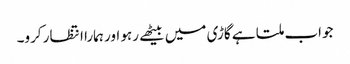
جواب ملتا ہے گاڑی میں بیٹھے رہو اور ہمارا انتظار کرو۔